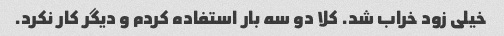
خیلی زود خراب شد. کلا دو سه بار استفاده کردم و دیگر کار نکرد.